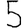
Digit: 5